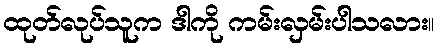
ထုတ်လုပ်သူက ဒါကို ကမ်းလှမ်းပါသလား။